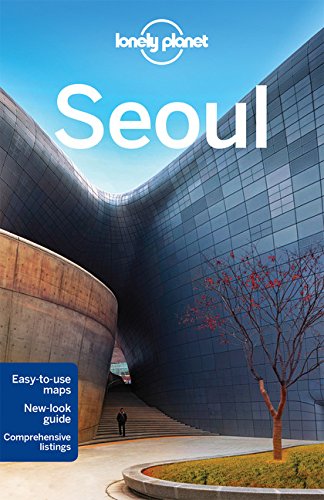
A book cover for Lonely Planet Seoul (Travel Guide); Lonely Planet; Travel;